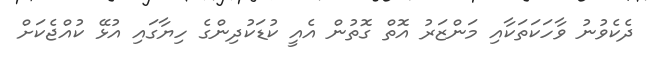
ދެކެވުނު ވާހަކަތަކާއި މަންޒަރު އޮތް ގޮތުން އެއީ ކުޑަކުދިންގެ ހިޔާގައި އުޅޭ ކުއްޖެކަށް